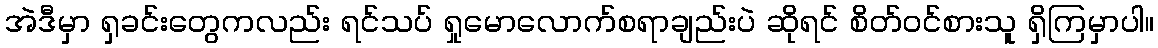
အဲဒီမှာ ရှခင်းတွေကလည်း ရင်သပ် ရှုမောလောက်စရာချည်းပဲ ဆိုရင် စိတ်ဝင်စားသူ ရှိကြမှာပါ။